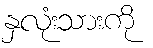
နှလုံးသားကို